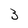
Character: 3